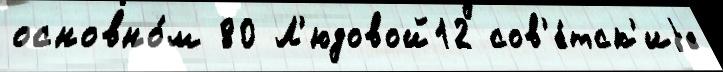
основно́м 80 Л'юдовой12 сов'е́тск'иjе